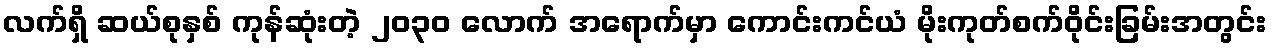
လက်ရှိ ဆယ်စုနှစ် ကုန်ဆုံးတဲ့ ၂၀၃၀ လောက် အရောက်မှာ ကောင်းကင်ယံ မိုးကုတ်စက်ဝိုင်းခြမ်းအတွင်း